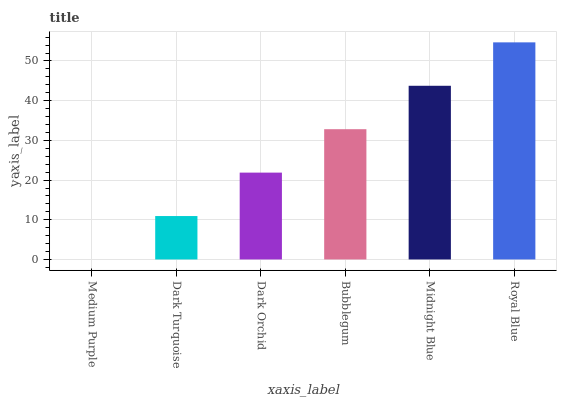
| xaxis_label | bars |
 | --- | --- |
 | Medium Purple | 0 |
 | Dark Turquoise | 10.9 |
 | Dark Orchid | 21.9 |
 | Bubblegum | 32.8 |
 | Midnight Blue | 43.8 |
 | Royal Blue | 54.7 |